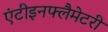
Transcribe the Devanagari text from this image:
एंटीइनफ्लैमेटरी